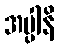
အပ္ပါနိ